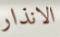
الانذار